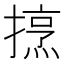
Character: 𢴒